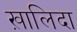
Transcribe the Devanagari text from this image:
ख़ालिदा